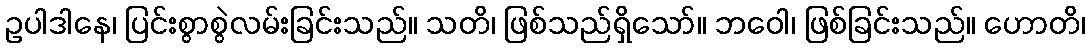
ဥပါဒါနေ၊ ပြင်းစွာစွဲလမ်းခြင်းသည်။ သတိ၊ ဖြစ်သည်ရှိသော်။ ဘဝေါ၊ ဖြစ်ခြင်းသည်။ ဟောတိ၊